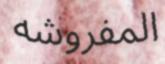
المفروشە